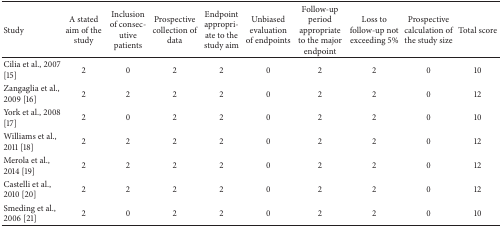
<table><thead><tr><td><b>Study</b></td><td><b>A stated aim of the study</b></td><td><b>Inclusion of consecutive patients</b></td><td><b>Prospective collection of data</b></td><td><b>Endpoint appropriate to the study aim</b></td><td><b>Unbiased evaluation of endpoints</b></td><td><b>Follow-up period appropriate to the major endpoint</b></td><td><b>Loss to follow-up not exceeding 5%</b></td><td><b>Prospective calculation of the study size</b></td><td><b>Total score</b></td></tr></thead><tbody><tr><td>Cilia et al., 2007 [15]</td><td>2</td><td>0</td><td>2</td><td>2</td><td>0</td><td> 2</td><td> 2</td><td> 0</td><td> 10</td></tr><tr><td>Zangaglia et al., 2009 [16]</td><td>2</td><td>2</td><td>2</td><td>2</td><td>0</td><td> 2</td><td> 2</td><td> 0</td><td> 12</td></tr><tr><td>York et al., 2008 [17]</td><td>2</td><td>0</td><td>2</td><td>2</td><td>0</td><td> 2</td><td> 2</td><td> 0</td><td> 10</td></tr><tr><td>Williams et al., 2011 [18]</td><td>2</td><td>2</td><td>2</td><td>2</td><td>0</td><td> 2</td><td> 2</td><td> 0</td><td> 12</td></tr><tr><td>Merola et al., 2014 [19]</td><td>2</td><td>2</td><td>2</td><td>2</td><td>0</td><td> 2</td><td> 2</td><td> 0</td><td> 12</td></tr><tr><td>Castelli et al., 2010 [20]</td><td>2</td><td>2</td><td>2</td><td>2</td><td>0</td><td> 2</td><td> 2</td><td> 0</td><td> 12</td></tr><tr><td>Smeding et al., 2006 [21]</td><td>2</td><td>0</td><td>2</td><td>2</td><td>0</td><td> 2</td><td> 2</td><td> 0</td><td> 10</td></tr></tbody></table>